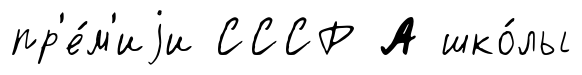
пр'е́м'иjи СССР А шко́лы